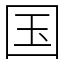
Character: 国